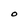
Character: O